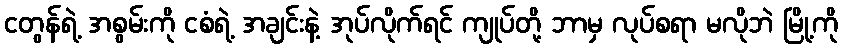
ငတွန်ရဲ့ အစွမ်းကို ငစံရဲ့ အချင်းနဲ့ အုပ်လိုက်ရင် ကျုပ်တို့ ဘာမှ လုပ်စရာ မလိုဘဲ မြို့ကို